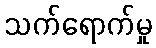
သက်ရောက်မှု